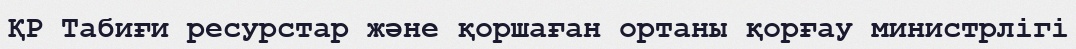
ҚР Табиғи ресурстар және қоршаған ортаны қорғау министрлігі